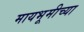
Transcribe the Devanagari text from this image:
मायभूमीच्या